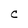
Character: C